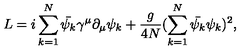
L = i \sum _ { k = 1 } ^ { N } \bar { \psi _ { k } } \gamma ^ { \mu } \partial _ { \mu } \psi _ { k } + \frac { g } { 4 N } ( \sum _ { k = 1 } ^ { N } \bar { \psi _ { k } } \psi _ { k } ) ^ { 2 } ,